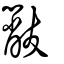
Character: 黻